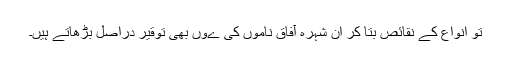
تو انواع کے نقائص بتا کر ان شہرہ آفاق ناموں کی ےُوں بھی توقیر دراصل بڑھاتے ہیں۔